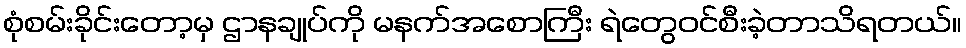
စုံစမ်းခိုင်းတော့မှ ဌာနချုပ်ကို မနက်အစောကြီး ရဲတွေဝင်စီးခဲ့တာသိရတယ်။